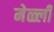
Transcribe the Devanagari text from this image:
मेळ्ली